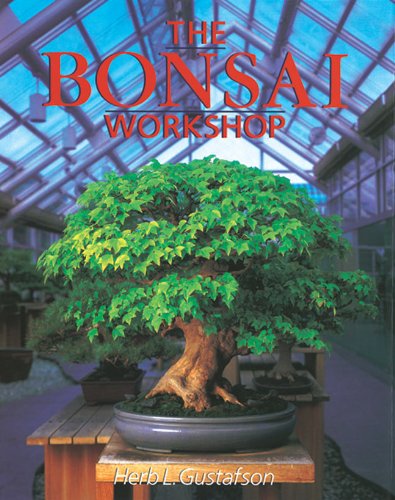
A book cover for The Bonsai Workshop (Our Garden Variety); Herb Gustafson; Crafts, Hobbies & Home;